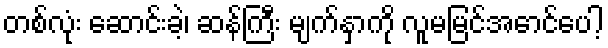
တစ်လုံး ဆောင်းခဲ့၊ ဆန်ကြီး မျက်နှာကို လူမမြင်အောင်ပေါ့